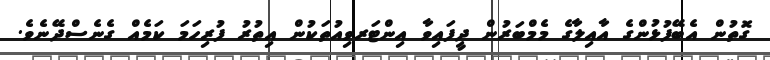
ގޮތުން އެބޭފުޅުންގެ އާއިލާގެ މެމްބަރުން ދީފައިވާ އިންޓަރވިއުތަކުން އިތުރު ފުރިހަމަ ކަމެއް ގެނެސްދޭނެވެ.